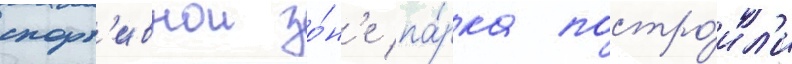
спорт'ивнои зо́н'е па́рка постро́ил'и